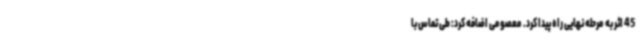
45 اثر به مرحله نهایی راه پیدا کرد. معصومی اضافه کرد: طی تماس با